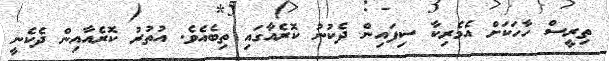
ތިރީސް ހާހަކަށް އެމެރިކާ ސިފައިން ދެކުނު ކޮރެއާގައި ތިބެއެވެ. އުތުރު ކޮރެއާއިން ދެކެނީ